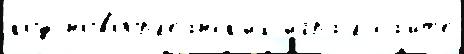
код новоорл'еанск'их игра́л са́йт'е